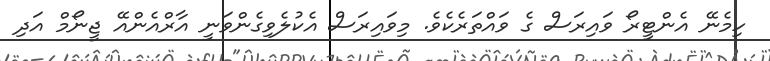
ހިމެނޭ އެންޓީރޯ ވައިރަސް ގެ ވައްތަރެކެވެ. މިވައިރަސް އެކުލެވިގެންވަނީ އާރްއެންއޭ ޖީނޯމް އަދި